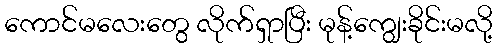
ကောင်မလေးတွေ လိုက်ရှာပြီး မုန့်ကျွေးခိုင်းမလို့